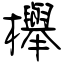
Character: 櫸